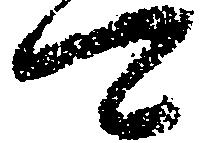
可